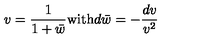
v = { \frac { 1 } { 1 + { \bar { w } } } } \mathrm { w i t h } d { \bar { w } } = - { \frac { d v } { v ^ { 2 } } }